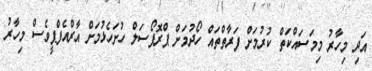
އަދި މިހާރު މިމަސައްކަތް ކުރުމަށް ފަރާތްތައް ހޯދުމަށް ޕްރޮޕޯސަލް ހުށަހެޅުމަށް އާރްއެފްޕީވެސް މިހާރު